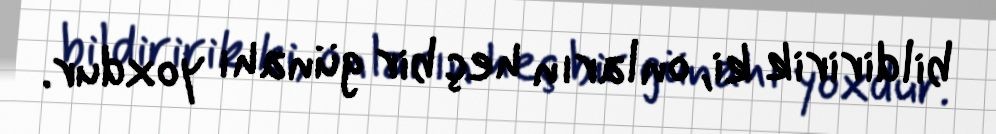
bildiririk ki, onların heç bir günahı yoxdur.